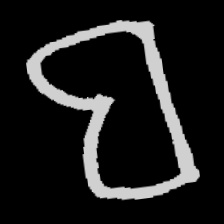
Pyu character \u2014 Myanmar letter: ဗ (romanized: ba)